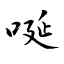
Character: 唌